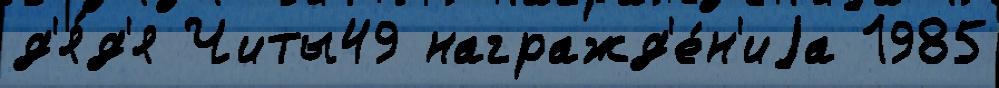
д'я́д'я Читы49 награжд'е́н'иjа 1985